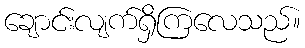
ချောင်းလျက်ရှိကြလေသည်။